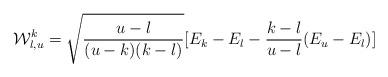
LaTeX: \begin{align*} \mathcal{W}_{l, u}^{k} = \sqrt{\frac{u-l}{(u-k)(k-l)}}[E_k - E_l - \frac{k-l}{u-l}(E_u - E_l)]\end{align*}